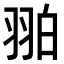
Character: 𦐚